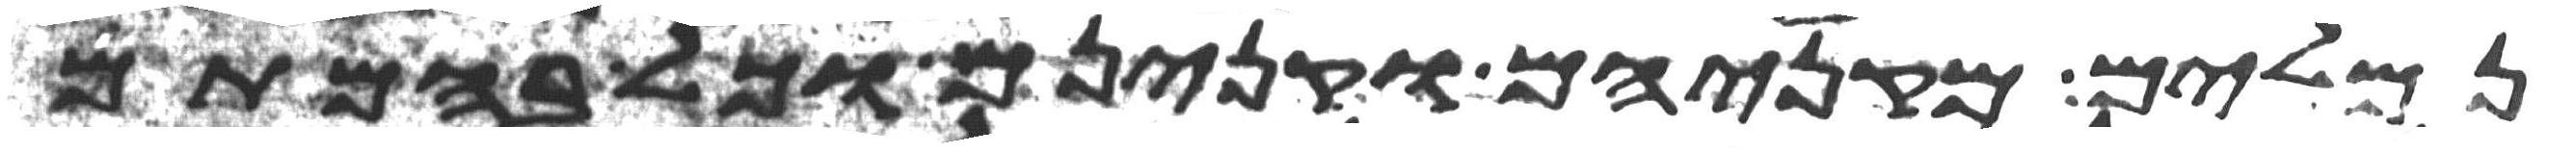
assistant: נמלים מקניהם וקנינם וכל בהמתם